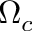
\Omega _ { c }